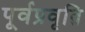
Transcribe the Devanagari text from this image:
पूर्वप्रवृति